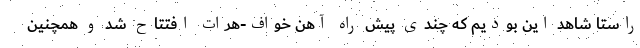
راستا شاهد این بودیم که چندی پیش راه آهن خواف-هرات افتتاح شد و همچنین